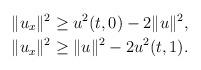
LaTeX: \begin{align*}\|u_x\|^2\geq u^2(t,0)-2\|u\|^2,\\\|u_x\|^2\geq \|u\|^2-2u^2(t,1).\end{align*}